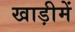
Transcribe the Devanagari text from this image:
खाड़ीमें